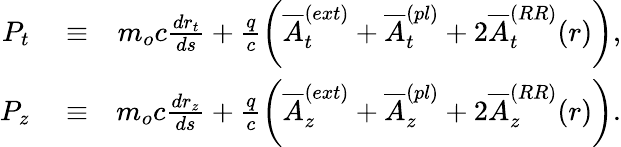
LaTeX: \begin{array}{rlr}{P_{t}}&{{}\equiv}&{m_{o}c\frac{dr_{t}}{ds}+\frac{q}{c}\left(\overline{{A}}_{t}^{(ext)}+\overline{{A}}_{t}^{(pl)}+2\overline{{A}}_{t}^{(RR)}(r)\right),}\\ {P_{z}}&{{}\equiv}&{m_{o}c\frac{dr_{z}}{ds}+\frac{q}{c}\left(\overline{{A}}_{z}^{(ext)}+\overline{{A}}_{z}^{(pl)}+2\overline{{A}}_{z}^{(RR)}(r)\right).}\end{array}